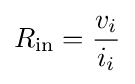
R_{\text{in}}={\frac {v_{i}}{i_{i}}}